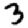
Digit: 3